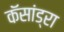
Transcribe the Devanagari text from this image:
कॅसांड्रा